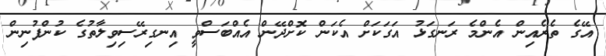
އޭގެ ތެރެއިން އެންމެ ރަނގަޅު އަގަކަށް އެކަން ކޮށްދޭން އެއްބަސްވީ އިނގިރޭސިވިލާތުގެ ކުންފުނިން